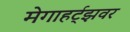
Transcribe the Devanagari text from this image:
मेगाहर्ट्‌झवर